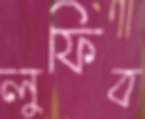
লুফিব